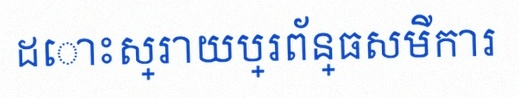
ដោះស្រាយប្រព័ន្ធសមីការ